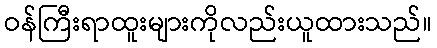
ဝန်ကြီးရာထူးများကိုလည်းယူထားသည်။